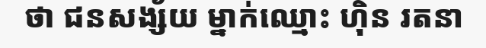
ថា ជនសង្ស័យ ម្នាក់ឈ្មោះ ហ៊ិន រតនា